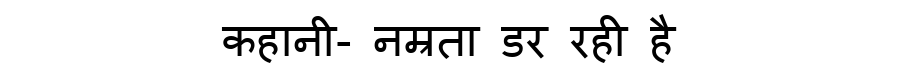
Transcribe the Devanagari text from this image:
कहानी- नम्रता डर रही है